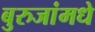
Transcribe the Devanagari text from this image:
बुरुजांमधे